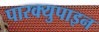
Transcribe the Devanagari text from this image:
पारक्युपाइन